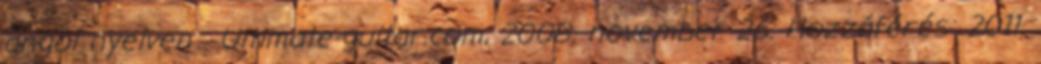
angol nyelven . Ultimate-guitar.com, 2008. november 26. Hozzáférés: 2011.